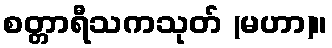
စတ္တာရီသကသုတ် (မဟာ)။